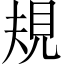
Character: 規